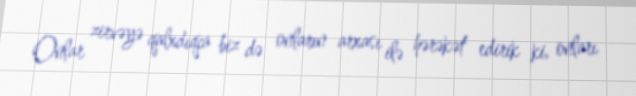
Onlar zirvəyə qalxdıqca biz də onların arxası ilə hərəkət edirik ki, onları